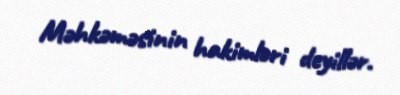
Məhkəməsinin hakimləri deyillər.